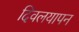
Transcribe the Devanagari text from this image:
दिवलयापन